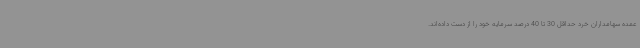
عمده سهامداران خرد حداقل 30 تا 40 درصد سرمایه خود را از دست داده‌اند.